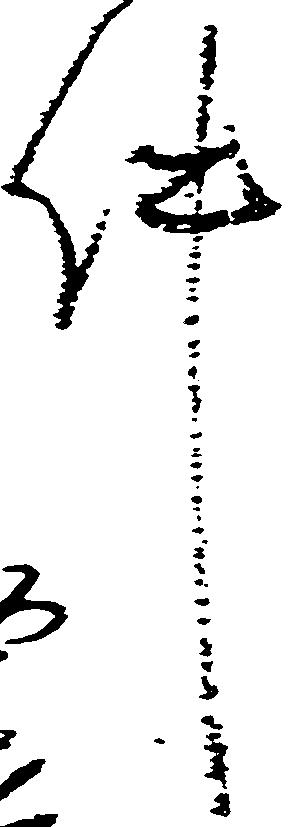
件